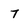
Character: 7